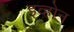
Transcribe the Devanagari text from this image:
इव्होन